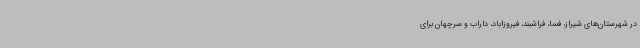
در شهرستان‌های شیراز، فسا، فراشبند، فیروزاباد، داراب و سرچهان برای